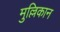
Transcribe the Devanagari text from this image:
मुल्लिकान